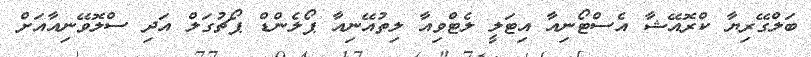
ބަލްގޭރިޔާ ކްރޮއޭޝާ އެސްޓޯނިއާ އިޓަލީ ލެޓްވިއާ ލިތުއޭނިއާ ޕޯލެންޑް ޕޯޗުގަލް އަދި ސްލޮވޭނިއާއަށް